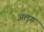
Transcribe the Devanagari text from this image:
अलूग